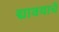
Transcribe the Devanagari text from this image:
द्यावयाचें